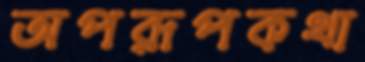
অপরূপকথা